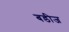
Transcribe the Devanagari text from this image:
बडीज